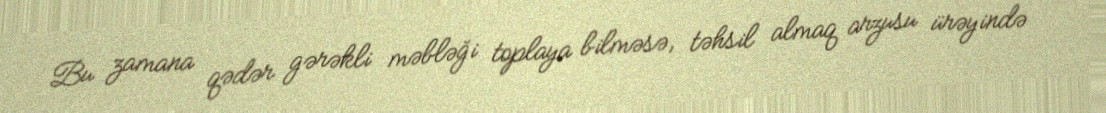
Bu zamana qədər gərəkli məbləği toplaya bilməsə, təhsil almaq arzusu ürəyində